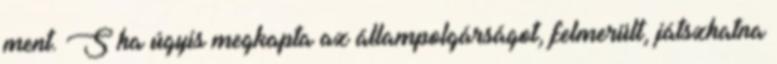
ment. S ha úgyis megkapta az állampolgárságot, felmerült, játszhatna